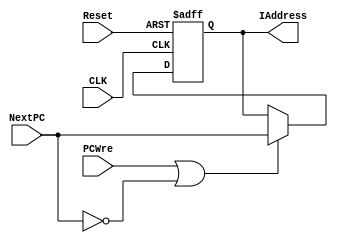
`timescale 1ns / 1ps
//////////////////////////////////////////////////////////////////////////////////
// Company: Sun Yat-Sen University
// 
// Module Name: PC
// Project Name: SingleCPU
// Target Devices: Basys3
// Tool Versions: Vivado 2015.3
// Description: 
//
// Dependencies: 
// 
// Revision:
// Revision 0.01 - File Created
// Additional Comments:
// 
//////////////////////////////////////////////////////////////////////////////////

module PC(
    input CLK,                  // 
    input Reset,                // 
    input PCWre,                // PC  0 
    input [31:0] NextPC,        // 
    output reg [31:0] IAddress      // 
    );
    
    // 
    initial begin
        IAddress = 0;
    end

    // 
    always @(posedge CLK or negedge Reset) begin
        if (!Reset) begin
            IAddress <= 32'hFFFFFFFC;   // -4
            //IAddress <= 0;   // -4
        end
        else if (PCWre || !NextPC) begin
            IAddress <= NextPC;
        end
    end
endmodule   // PC 

module JPC(
    input [31:0] PC,            // PC 
    input [25:0] IAddress,      // 
    output reg [31:0] JPC       //  PC
    );

    wire [27:0] temp;
    assign temp = IAddress << 2;
    always @(PC or IAddress) begin
        JPC[31:28] = PC[31:28];
        JPC[27:2] = temp[27:2];
        JPC[1:0] = 0;
    end
endmodule   // Jump PC

module NextPC(
    input Reset,                // 
    input [1:0] PCSrc,          // 
    input [31:0] PC,            // PC 
    input [31:0] Immediate,     // 
    input [31:0] JPC,           //  PC
    output reg [31:0] NextPC        //  PC
    );

    always @(Reset or PCSrc or PC or Immediate or JPC) begin
        if (!Reset) begin
            NextPC = PC + 4;
        end
        else begin
            case (PCSrc)
              2'b00: NextPC = PC + 4;
              2'b01: NextPC = PC + 4 + (Immediate << 2);
              2'b10: NextPC = JPC;
              default: NextPC = PC + 4;
            endcase
        end
    end
endmodule   // Next PC